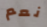
نعم